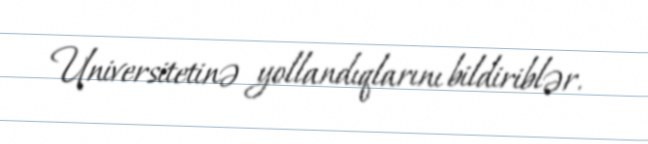
Universitetinə yollandıqlarını bildiriblər.